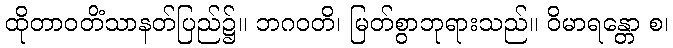
ထိုတာဝတိံသာနတ်ပြည်၌။ ဘဂဝတိ၊ မြတ်စွာဘုရားသည်။ ဝိမာရန္တော စ၊